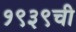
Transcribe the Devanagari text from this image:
१९३९ची